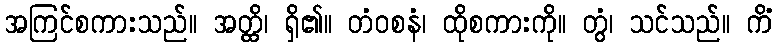
အကြင်စကားသည်။ အတ္ထိ၊ ရှိ၏။ တံဝစနံ၊ ထိုစကားကို။ တွံ၊ သင်သည်။ ကိံ